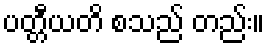
ပတ္တီယတိ စသည် တည်း။